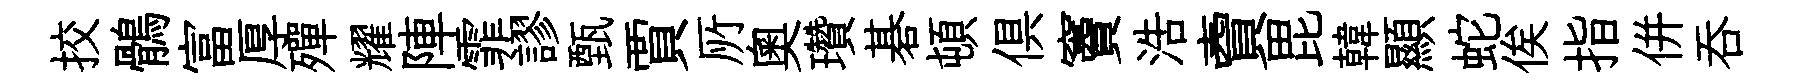
挍鶻富厚殫耀陣霏謬甄賈𠩄奧瓚碁頓俱竇浩𧶠毘韓顯蛇俟指併呑